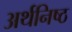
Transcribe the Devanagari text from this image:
अर्थनिष्ठ